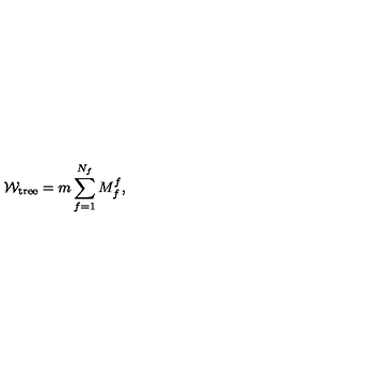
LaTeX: { \cal W } _ { \mathrm { t r e e } } = m \sum _ { f = 1 } ^ { N _ { f } } M _ { f } ^ { f } ,